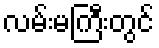
လမ်းမကြီးတွင်